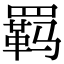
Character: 羁